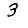
Digit: 3